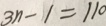
3 n - 1 = 1 1 0